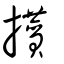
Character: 攅